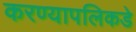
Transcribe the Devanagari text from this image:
करण्यापलिकडे